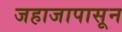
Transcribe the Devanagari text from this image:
जहाजापासून